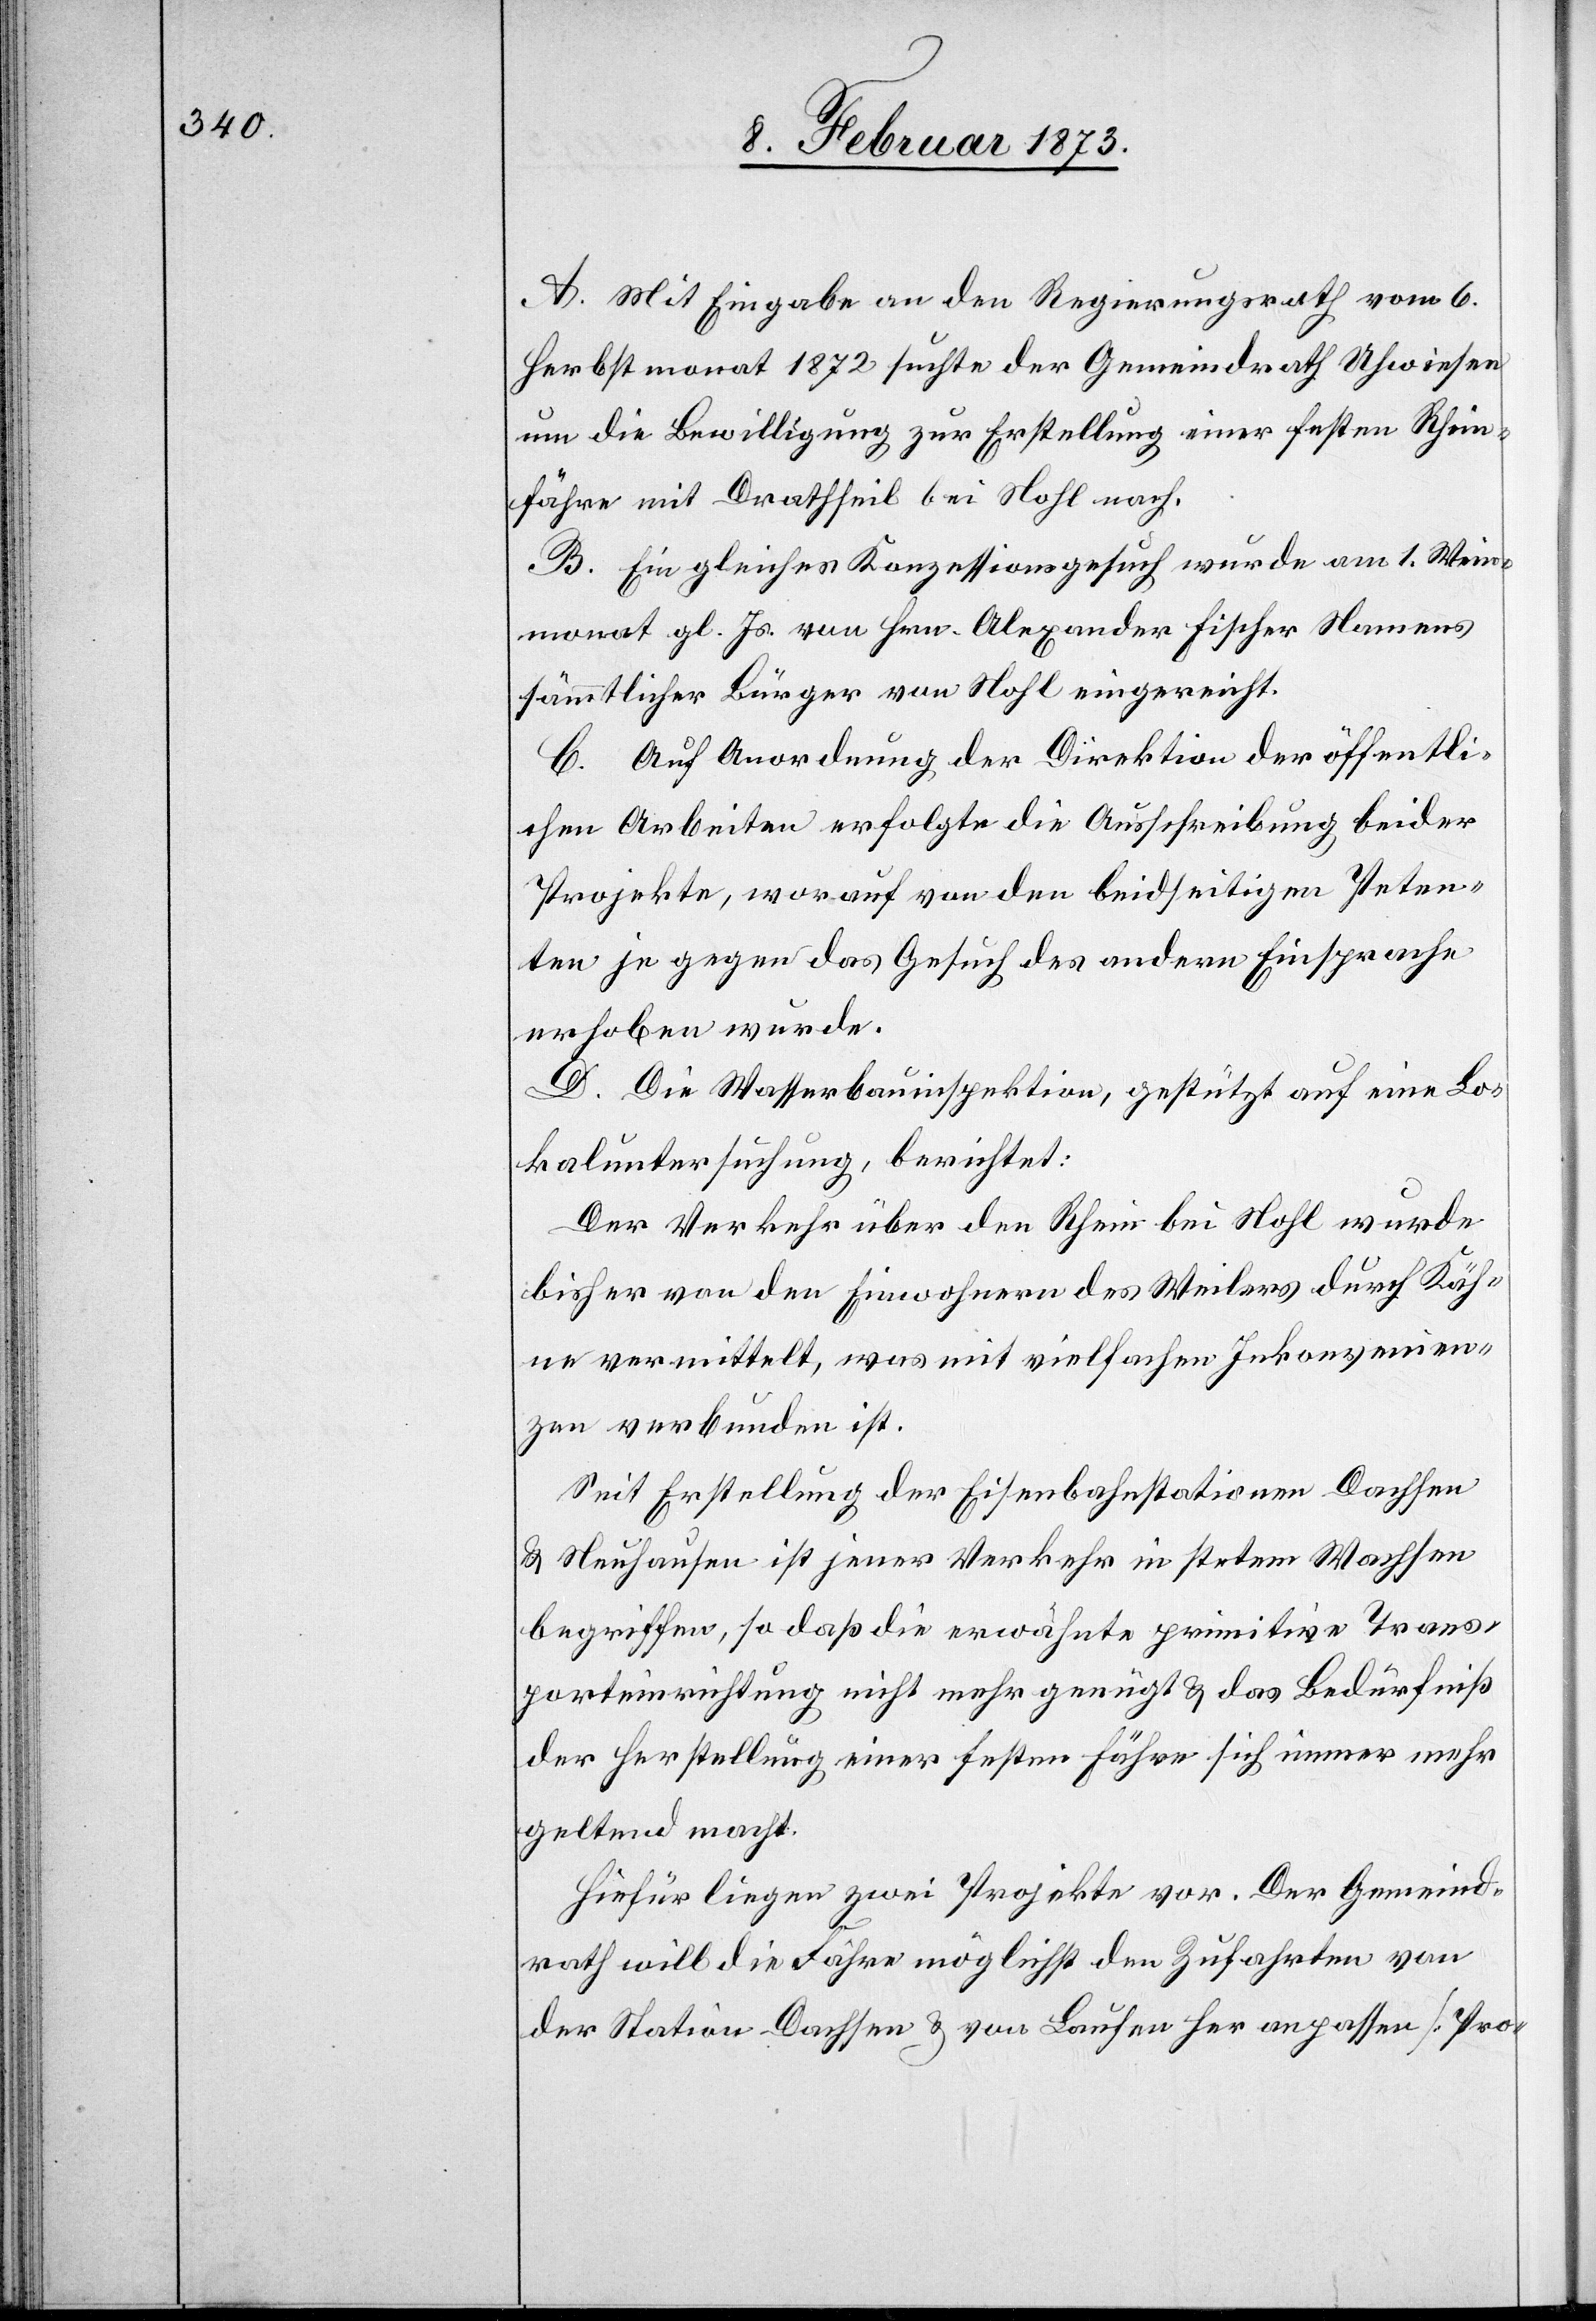
A. Mit Eingabe an den Regierungsrath vom 6.
Herbstmonat 1872 suchte der Gemeindrath Uhwiesen
um die Bewilligung zur Erstellung einer festen Rhein¬
fähre mit Drathseil bei Nohl nach.
B. Ein gleiches Konzessionsgesuch wurde am 1. Wein¬
monat gl. Js. von Hrn. Alexander Fischer Namens
sämmtlicher Bürger von Nohl eingereicht.
C. Auf Anordnung der Direktion der öffentli¬
chen Arbeiten erfolgte die Ausschreibung beider
Projekte, worauf von den beidseitigen Peten¬
ten je gegen das Gesuch des andern Einsprache
erhoben wurde.
D. Die Wasserbauinspektion, gestützt auf eine Lo¬
kaluntersuchung, berichtet:
Der Verkehr über den Rhein bei Nohl wurde
bisher von den Einwohnern des Weilers durch Käh¬
ne vermittelt, was mit vielfachen Inkonvenien¬
zen verbunden ist.
Seit Erstellung der Eisenbahnstationen Dachsen
u. Neuhausen ist jener Verkehr in stetem Wachsen
begriffen, so daß die erwähnte primitive Trans¬
porteinrichtung nicht mehr genügt u. das Bedürfniß
der Herstellung einer festen Fähre sich immer mehr
geltend macht.
Hiefür liegen zwei Projekte vor. Der Gemeind¬
rath will die Fähre möglichst den Zufahrten von
der Station Dachsen u. von Laufen her anpassen [Pro-